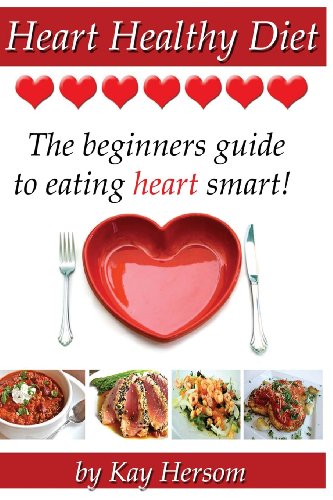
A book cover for Heart Healthy Diet: The Beginners Guide to Eating Heart Smart!; Kay Hersom; Cookbooks, Food & Wine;